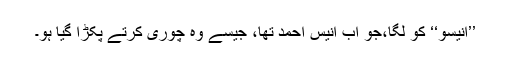
’’انیسو‘‘ کو لگا،جو اب انیس احمد تھا، جیسے وہ چوری کرتے پکڑا گیا ہو۔